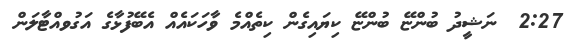
2:27  ނަޝީދު ބުންޏޭ ބުންޏޭ ކިޔައިގެން ކިތެއްމެ ވާހަކައެއް އެބޭފުޅާގެ އަގުވއްޓާލަން